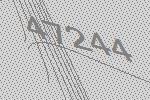
47244